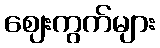
ဈေးကွက်များ